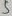
Text: 5